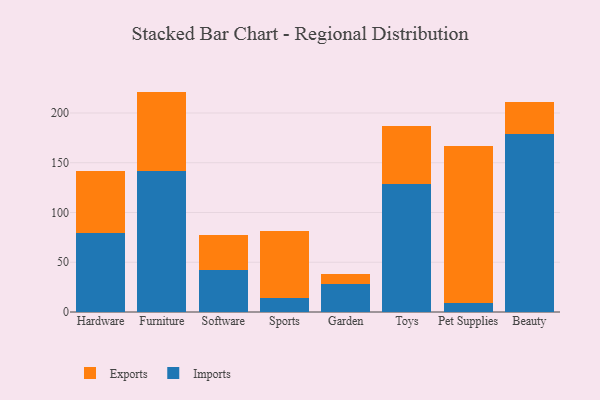
{"axis": {"x": "Category", "y": "Latency (ms)"}, "legend": ["Exports", "Imports"], "data": [{"x": "Hardware", "y": 79.0, "type": "Imports"}, {"x": "Hardware", "y": 62.7, "type": "Exports"}, {"x": "Furniture", "y": 142.2, "type": "Imports"}, {"x": "Furniture", "y": 79.3, "type": "Exports"}, {"x": "Software", "y": 41.9, "type": "Imports"}, {"x": "Software", "y": 35.3, "type": "Exports"}, {"x": "Sports", "y": 13.6, "type": "Imports"}, {"x": "Sports", "y": 67.6, "type": "Exports"}, {"x": "Garden", "y": 27.7, "type": "Imports"}, {"x": "Garden", "y": 10.5, "type": "Exports"}, {"x": "Toys", "y": 128.5, "type": "Imports"}, {"x": "Toys", "y": 58.2, "type": "Exports"}, {"x": "Pet Supplies", "y": 9.4, "type": "Imports"}, {"x": "Pet Supplies", "y": 157.3, "type": "Exports"}, {"x": "Beauty", "y": 179.0, "type": "Imports"}, {"x": "Beauty", "y": 32.3, "type": "Exports"}]}